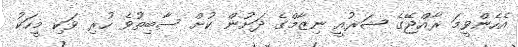
އެހެންވީމަ ރާއްޖޭގެ ޝަރުއީ ނިޒާމްގެ ދަށުން ކުށް ސާބިތުވެ ހުރި ވަކި މީހަކު